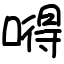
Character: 嘚